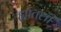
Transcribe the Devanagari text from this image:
ह्यांतली